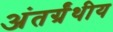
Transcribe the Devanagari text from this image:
अंतर्ग्रंथीय